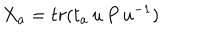
X _ { a } = t r ( t _ { a } \, u \, P \, u ^ { - 1 } )